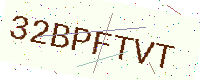
Text: 32BPFTVT